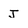
Character: J